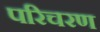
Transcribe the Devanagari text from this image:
परिचरण